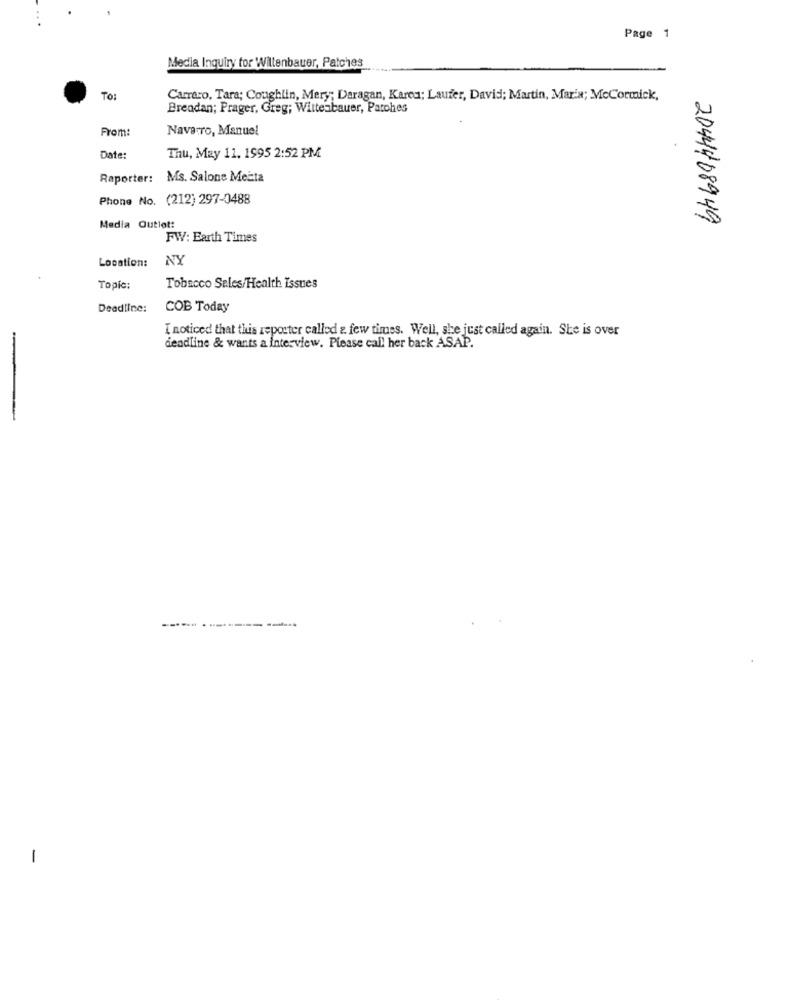
Page 1
Media Inquiry for Willenbauer, Patches
TO:
Carrero, Tara; Coughlin, Mery; Daragan, Karea: Laufer, David; Martin, Marix; McCormick,
Brendan; Prager, Greg; Wittenbauer, Patches
From:
Navarro, Manuel
Date:
Thu, May 11, 1995 2:52 PM
Raporter: Ms. Salone Meta
Phone No. (212) 297-0488
2044408949
Media Outlet:
FW: Earth Times
Location:
NY
Topic:
Tobacco Sales/Health Issues
Deadline:
COB Today
I noticed that this reporter called a few times. Well, she just called again. She is over
deadline & wants a interview. Please call her back ASAP.
---- -------------
-